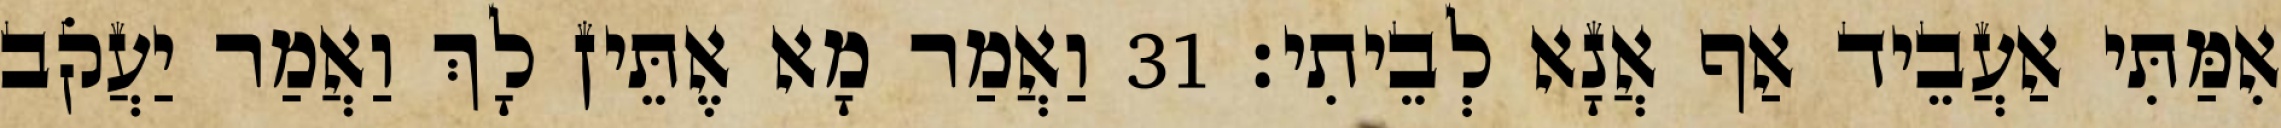
אִמַּתִּי אַעֲבֵיד אַף אֲנָא לְבֵיתִי׃ 31 וַאֲמַר מָא אֶתֵּין לָךְ וַאֲמַר יַעֲקֹב